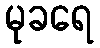
မုခရေ